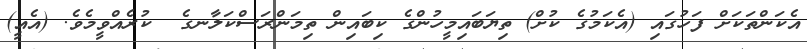
އެކަންތަކަށް ފަހުގައި (އެކަމުގެ ކުށް) ތިޔަބައިމީހުންގެ ކިބައިން ތިމަންރަސްކަލާނގެ  ކުރެއްވީމެވެ. (އެއީ)